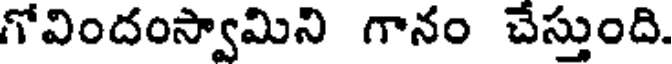
గోవిందంస్వామిని గానం చేస్తుంది.